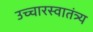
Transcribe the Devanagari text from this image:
उच्चारस्वातंत्र्य